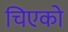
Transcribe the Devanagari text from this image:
चिएको